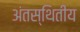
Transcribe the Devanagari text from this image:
अंतस्थितीय